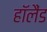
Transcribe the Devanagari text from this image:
हाॅलैंड